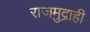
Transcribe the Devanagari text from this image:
राजमुद्राही